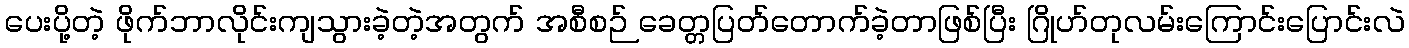
ပေးပို့တဲ့ ဖိုက်ဘာလိုင်းကျသွားခဲ့တဲ့အတွက် အစီစဉ် ခေတ္တပြတ်တောက်ခဲ့တာဖြစ်ပြီး ဂြိုဟ်တုလမ်းကြောင်းပြောင်းလဲ